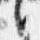
言